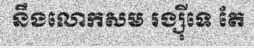
នឹងលោកសម រង្ស៊ីទេ តែ